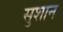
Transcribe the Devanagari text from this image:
सुशान